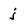
Character: j